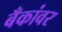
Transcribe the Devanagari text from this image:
बँकांवर